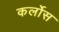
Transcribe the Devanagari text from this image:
कर्लोस